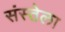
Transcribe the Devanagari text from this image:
संस्तेला